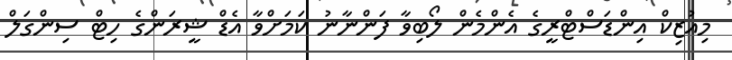
މިއުޒިކް އިންޑަސްޓްރީގެ އެންމެން ލޯބިވާ ފަންނާނު ކަމަށްވާ އެޑް ޝީރަންގެ ހިޓް ސިންގަލް